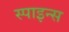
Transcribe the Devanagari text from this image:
स्पाइन्स